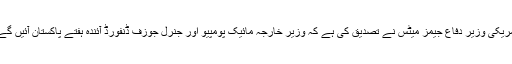
امریکی وزیر دفاع جیمز میٹس نے تصدیق کی ہے کہ وزیر خارجہ مائیک پومپیو اور جنرل جوزف ڈنفورڈ آئندہ ہفتے پاکستان آئیں گے۔